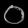
Digit: ၀